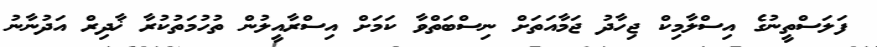
ފަލަސްތީނުގެ އިސްލާމިކް ޖިހާދު ޖަމާއަތަށް ނިސްބަތްވާ ކަމަށް އިސްރާއީލުން ތުހުމަތުކުރާ ޚާދިރް އަދުނާނު